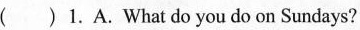
( )1.A.What do you do on Sundays?